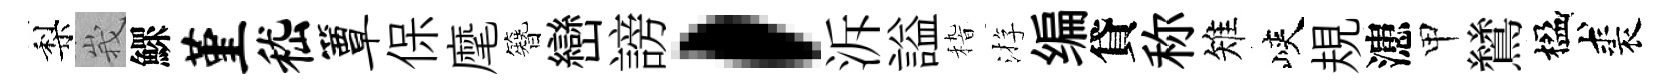
梨峩鰥堇嵇簟保麾簪巒謗，泝謚𥟵㳺编貸称雉峽規漶甲鷥楹裘